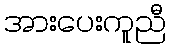
အားပေးကူညီ